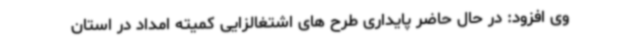
وی افزود: در حال حاضر پایداری طرح های اشتغالزایی کمیته امداد در استان